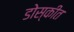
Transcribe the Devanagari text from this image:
डोस्कीत